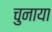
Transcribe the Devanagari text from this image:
चुनाया